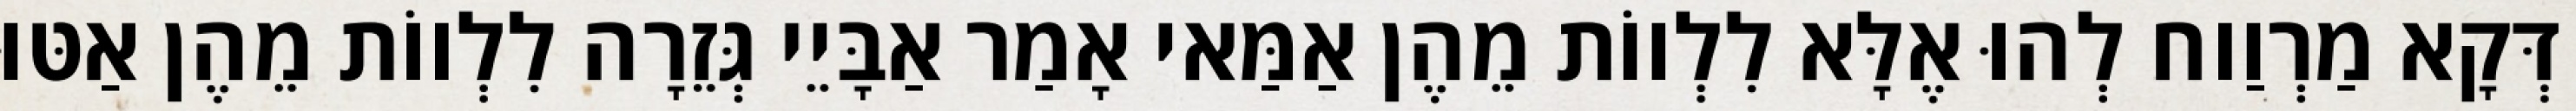
דְּקָא מַרְוַוח לְהוּ אֶלָּא לִלְווֹת מֵהֶן אַמַּאי אָמַר אַבָּיֵי גְּזֵרָה לִלְווֹת מֵהֶן אַטּוּ